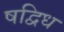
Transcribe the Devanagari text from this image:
षद्विध